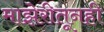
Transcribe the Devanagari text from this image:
माझेरीतूनही